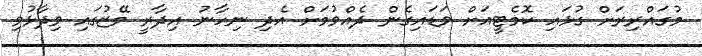
މުގައްރިރަށް ގުޅައި ކޮމެޓީއަށް ވަޑައިގެން ދެެއްވުމަށް އެދި ނިހާނު އިދާރީ މޭޒުގައި ވިދާޅުވި